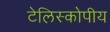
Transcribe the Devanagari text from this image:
टेलिस्कोपीय